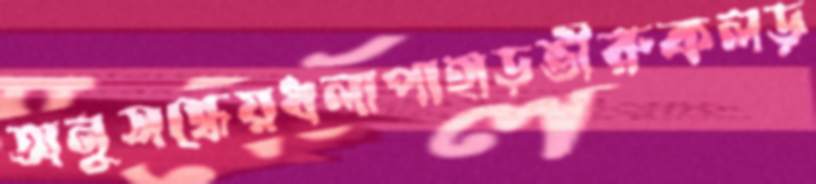
অনুসন্ধেয়ধলাপাহাড়ভীরুকলড়